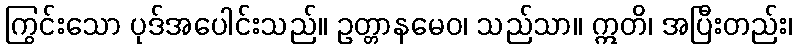
ကြွင်းသော ပုဒ်အပေါင်းသည်။ ဥတ္တာနမေဝ၊ သည်သာ။ ဣတိ၊ အပြီးတည်း၊